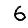
Digit: 6